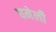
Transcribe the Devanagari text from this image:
घमेली